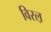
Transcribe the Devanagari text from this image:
विरल़